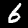
Digit: 6